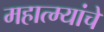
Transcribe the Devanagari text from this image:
महात्म्यांचे